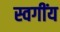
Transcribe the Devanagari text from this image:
स्वगींय